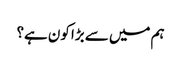
ہم میں سے بڑا کون ہے؟